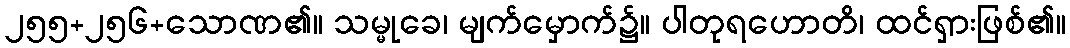
၂၅၅+၂၅၆+သောဏ၏။ သမ္မုခေ၊ မျက်မှောက်၌။ ပါတုရဟောတိ၊ ထင်ရှားဖြစ်၏။